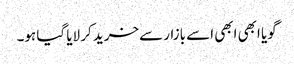
گویا ابھی ابھی اسے بازار سےخرید کر لایا گیا ہو۔